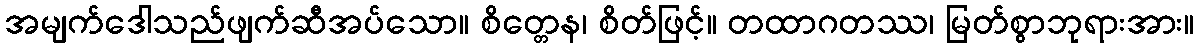
အမျက်ဒေါသည်ဖျက်ဆီအပ်သော။ စိတ္တေန၊ စိတ်ဖြင့်။ တထာဂတဿ၊ မြတ်စွာဘုရားအား။